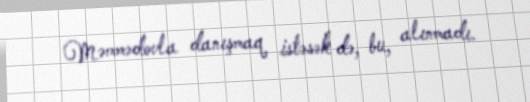
Məmmədovla danışmaq istəsək də, bu, alınmadı.